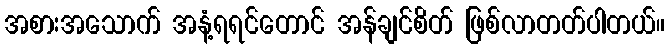
အစားအသောက် အနံ့ရရင်တောင် အန်ချင်စိတ် ဖြစ်လာတတ်ပါတယ်။